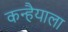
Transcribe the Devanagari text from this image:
कन्हैयाला